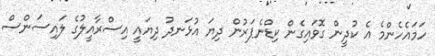
ހަމައެހެންމެ އެ ކުދީން ގޮވައިގެން ކިޑްނެޕަރުން ދިޔަ އުޅަނދު ދިޔައީ އިސްރާއީލުގެ ލައިސަންސް